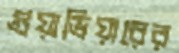
গুয়াভিয়ারের